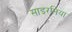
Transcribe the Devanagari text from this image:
साइरनिया